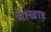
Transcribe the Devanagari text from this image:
माखाड़